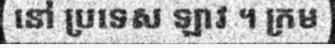
នៅ ប្រទេស ឡាវ ។ ក្រម